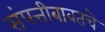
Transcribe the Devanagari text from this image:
संपत्तीबाबतचे